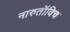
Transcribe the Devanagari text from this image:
नारुतॉविच